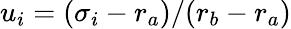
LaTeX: u_{i}=(\sigma_{i}-r_{a})/(r_{b}-r_{a})